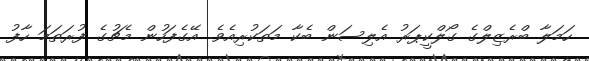
ހަމަލާ ބްރެޒިލްގެ ގޯލްކީޕަރު އެލިސަން ބެކާ މަތަކުރިއެވެ. އޭގެފަހުން މެޗުގެ ފުރަތަމަ ހާފު